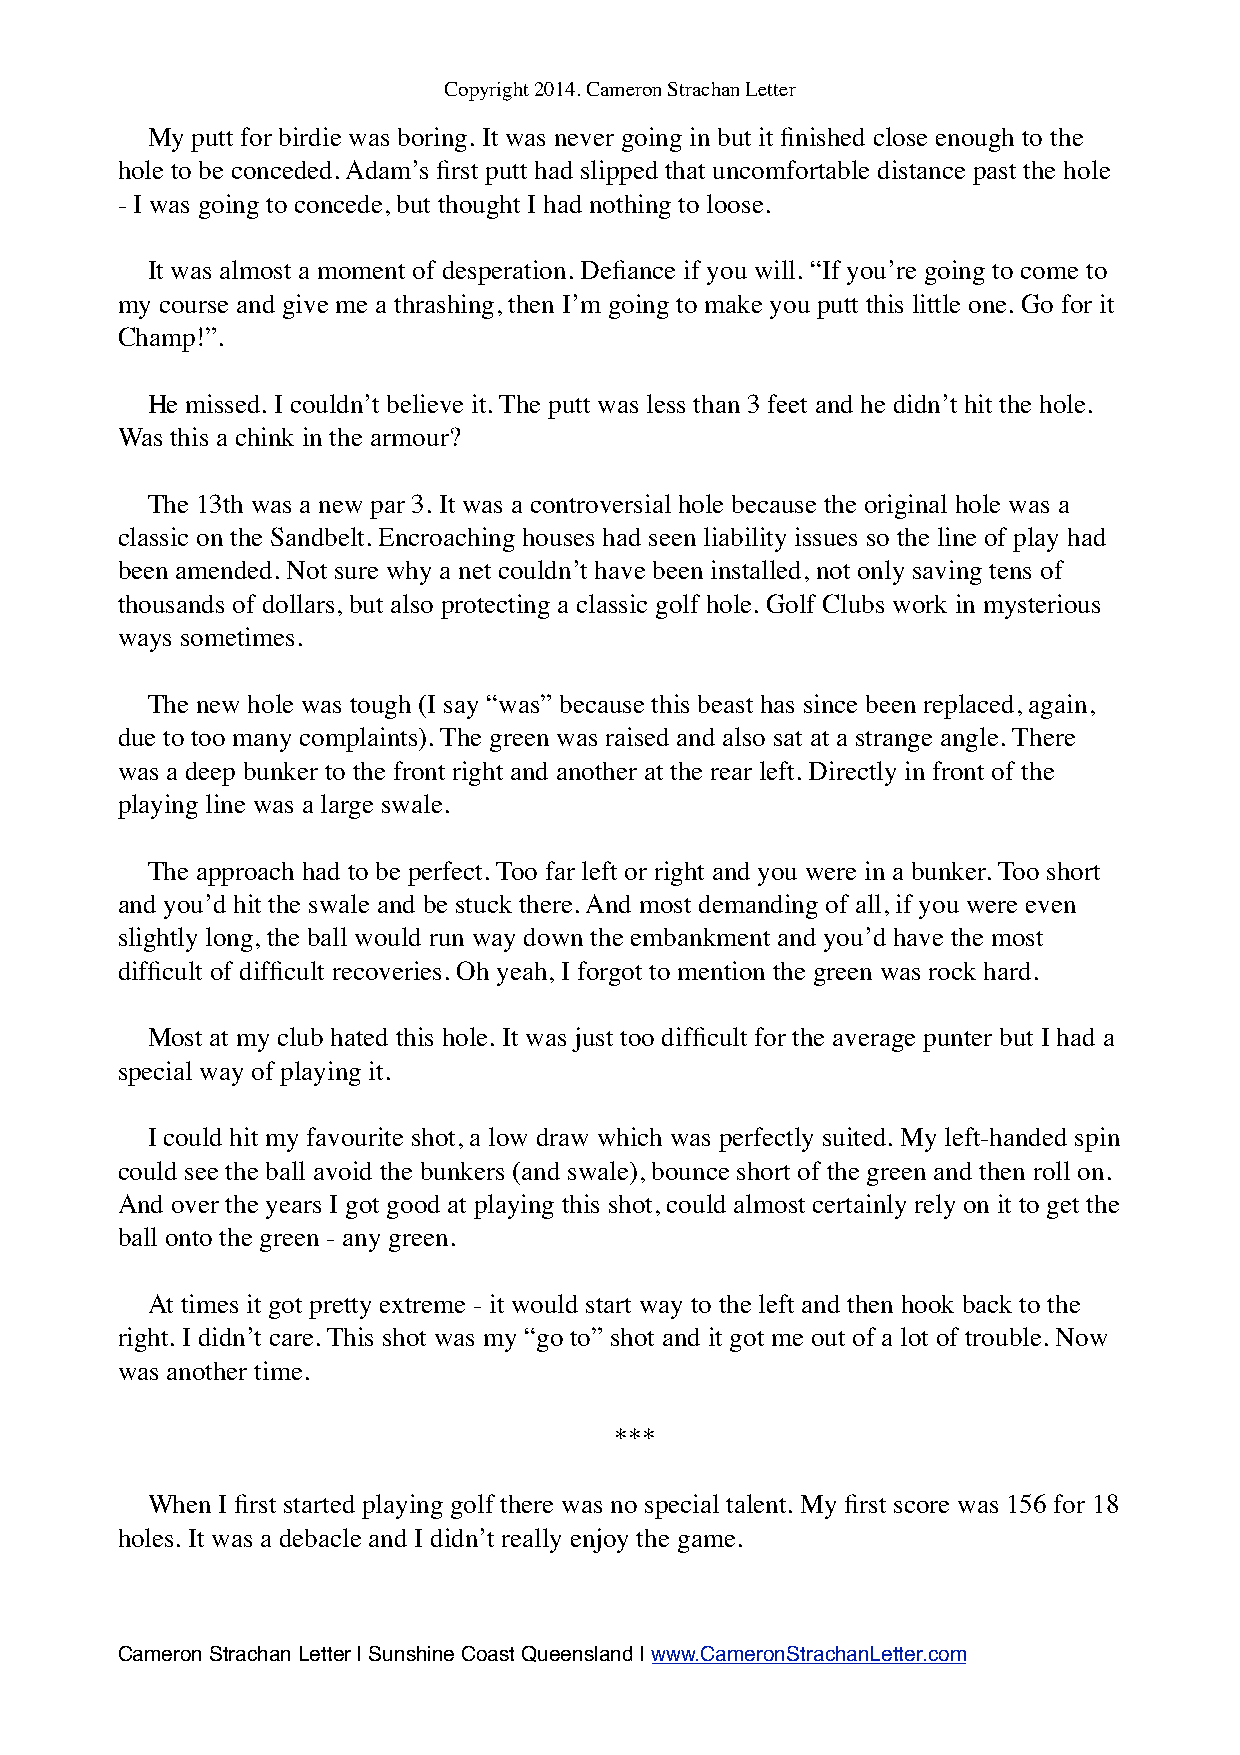
Copyright 2014. Cameron Strachan Letter
 My putt for birdie was boring. It was never going in but it finished close enough to the
 hole to be conceded. Adam’s first putt had slipped that uncomfortable distance past the hole
 - I was going to concede, but thought I had nothing to loose.
 It was almost a moment of desperation. Defiance if you will. “If you’re going to come to
 my course and give me a thrashing, then I’m going to make you putt this little one. Go for it
 Champ!”.
 He missed. I couldn’t believe it. The putt was less than 3 feet and he didn’t hit the hole.
 Was this a chink in the armour?
 The 13th was a new par 3. It was a controversial hole because the original hole was a
 classic on the Sandbelt. Encroaching houses had seen liability issues so the line of play had
 been amended. Not sure why a net couldn’t have been installed, not only saving tens of
 thousands of dollars, but also protecting a classic golf hole. Golf Clubs work in mysterious
 ways sometimes.
 The new hole was tough (I say “was” because this beast has since been replaced, again,
 due to too many complaints). The green was raised and also sat at a strange angle. There
 was a deep bunker to the front right and another at the rear left. Directly in front of the
 playing line was a large swale.
 The approach had to be perfect. Too far left or right and you were in a bunker. Too short
 and you’d hit the swale and be stuck there. And most demanding of all, if you were even
 slightly long, the ball would run way down the embankment and you’d have the most
 difficult of difficult recoveries. Oh yeah, I forgot to mention the green was rock hard.
 Most at my club hated this hole. It was just too difficult for the average punter but I had a
 special way of playing it.
 I could hit my favourite shot, a low draw which was perfectly suited. My left-handed spin
 could see the ball avoid the bunkers (and swale), bounce short of the green and then roll on.
 And over the years I got good at playing this shot, could almost certainly rely on it to get the
 ball onto the green - any green.
 At times it got pretty extreme - it would start way to the left and then hook back to the
 right. I didn’t care. This shot was my “go to” shot and it got me out of a lot of trouble. Now
 was another time.
 ***
 When I first started playing golf there was no special talent. My first score was 156 for 18
 holes. It was a debacle and I didn’t really enjoy the game.
 Cameron Strachan Letter | Sunshine Coast Queensland | www.CameronStrachanLetter.com